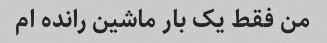
من فقط یک بار ماشین رانده ام